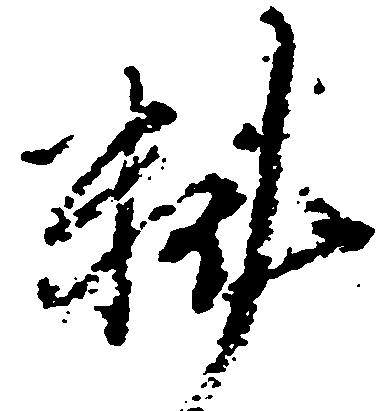
料